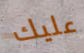
عليك